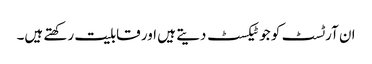
ان آرٹسٹ کو جو ٹیکسٹ دیتے ہیں اور قابلیت رکھتے ہیں۔